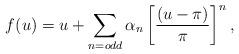
LaTeX: \begin{align*}f(u) = u + \sum_{n = odd} \alpha_{n}\left[ \frac{(u-\pi )}{\pi }\right]^{n},\end{align*}